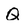
Character: Q